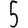
Digit: 5